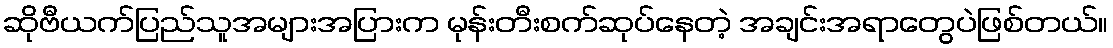
ဆိုဗီယက်ပြည်သူအများအပြားက မုန်းတီးစက်ဆုပ်နေတဲ့ အချင်းအရာတွေပဲဖြစ်တယ်။